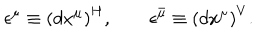
\epsilon ^ { \mu } \equiv \left( d x ^ { \mu } \right) ^ { H } , \qquad \epsilon ^ { \bar { \mu } } \equiv \left( d x ^ { \mu } \right) ^ { V } .